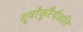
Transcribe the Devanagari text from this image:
दूर्वांकुरैर्यजति